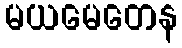
မယမေတေန